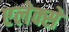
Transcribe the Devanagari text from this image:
एलेक्से